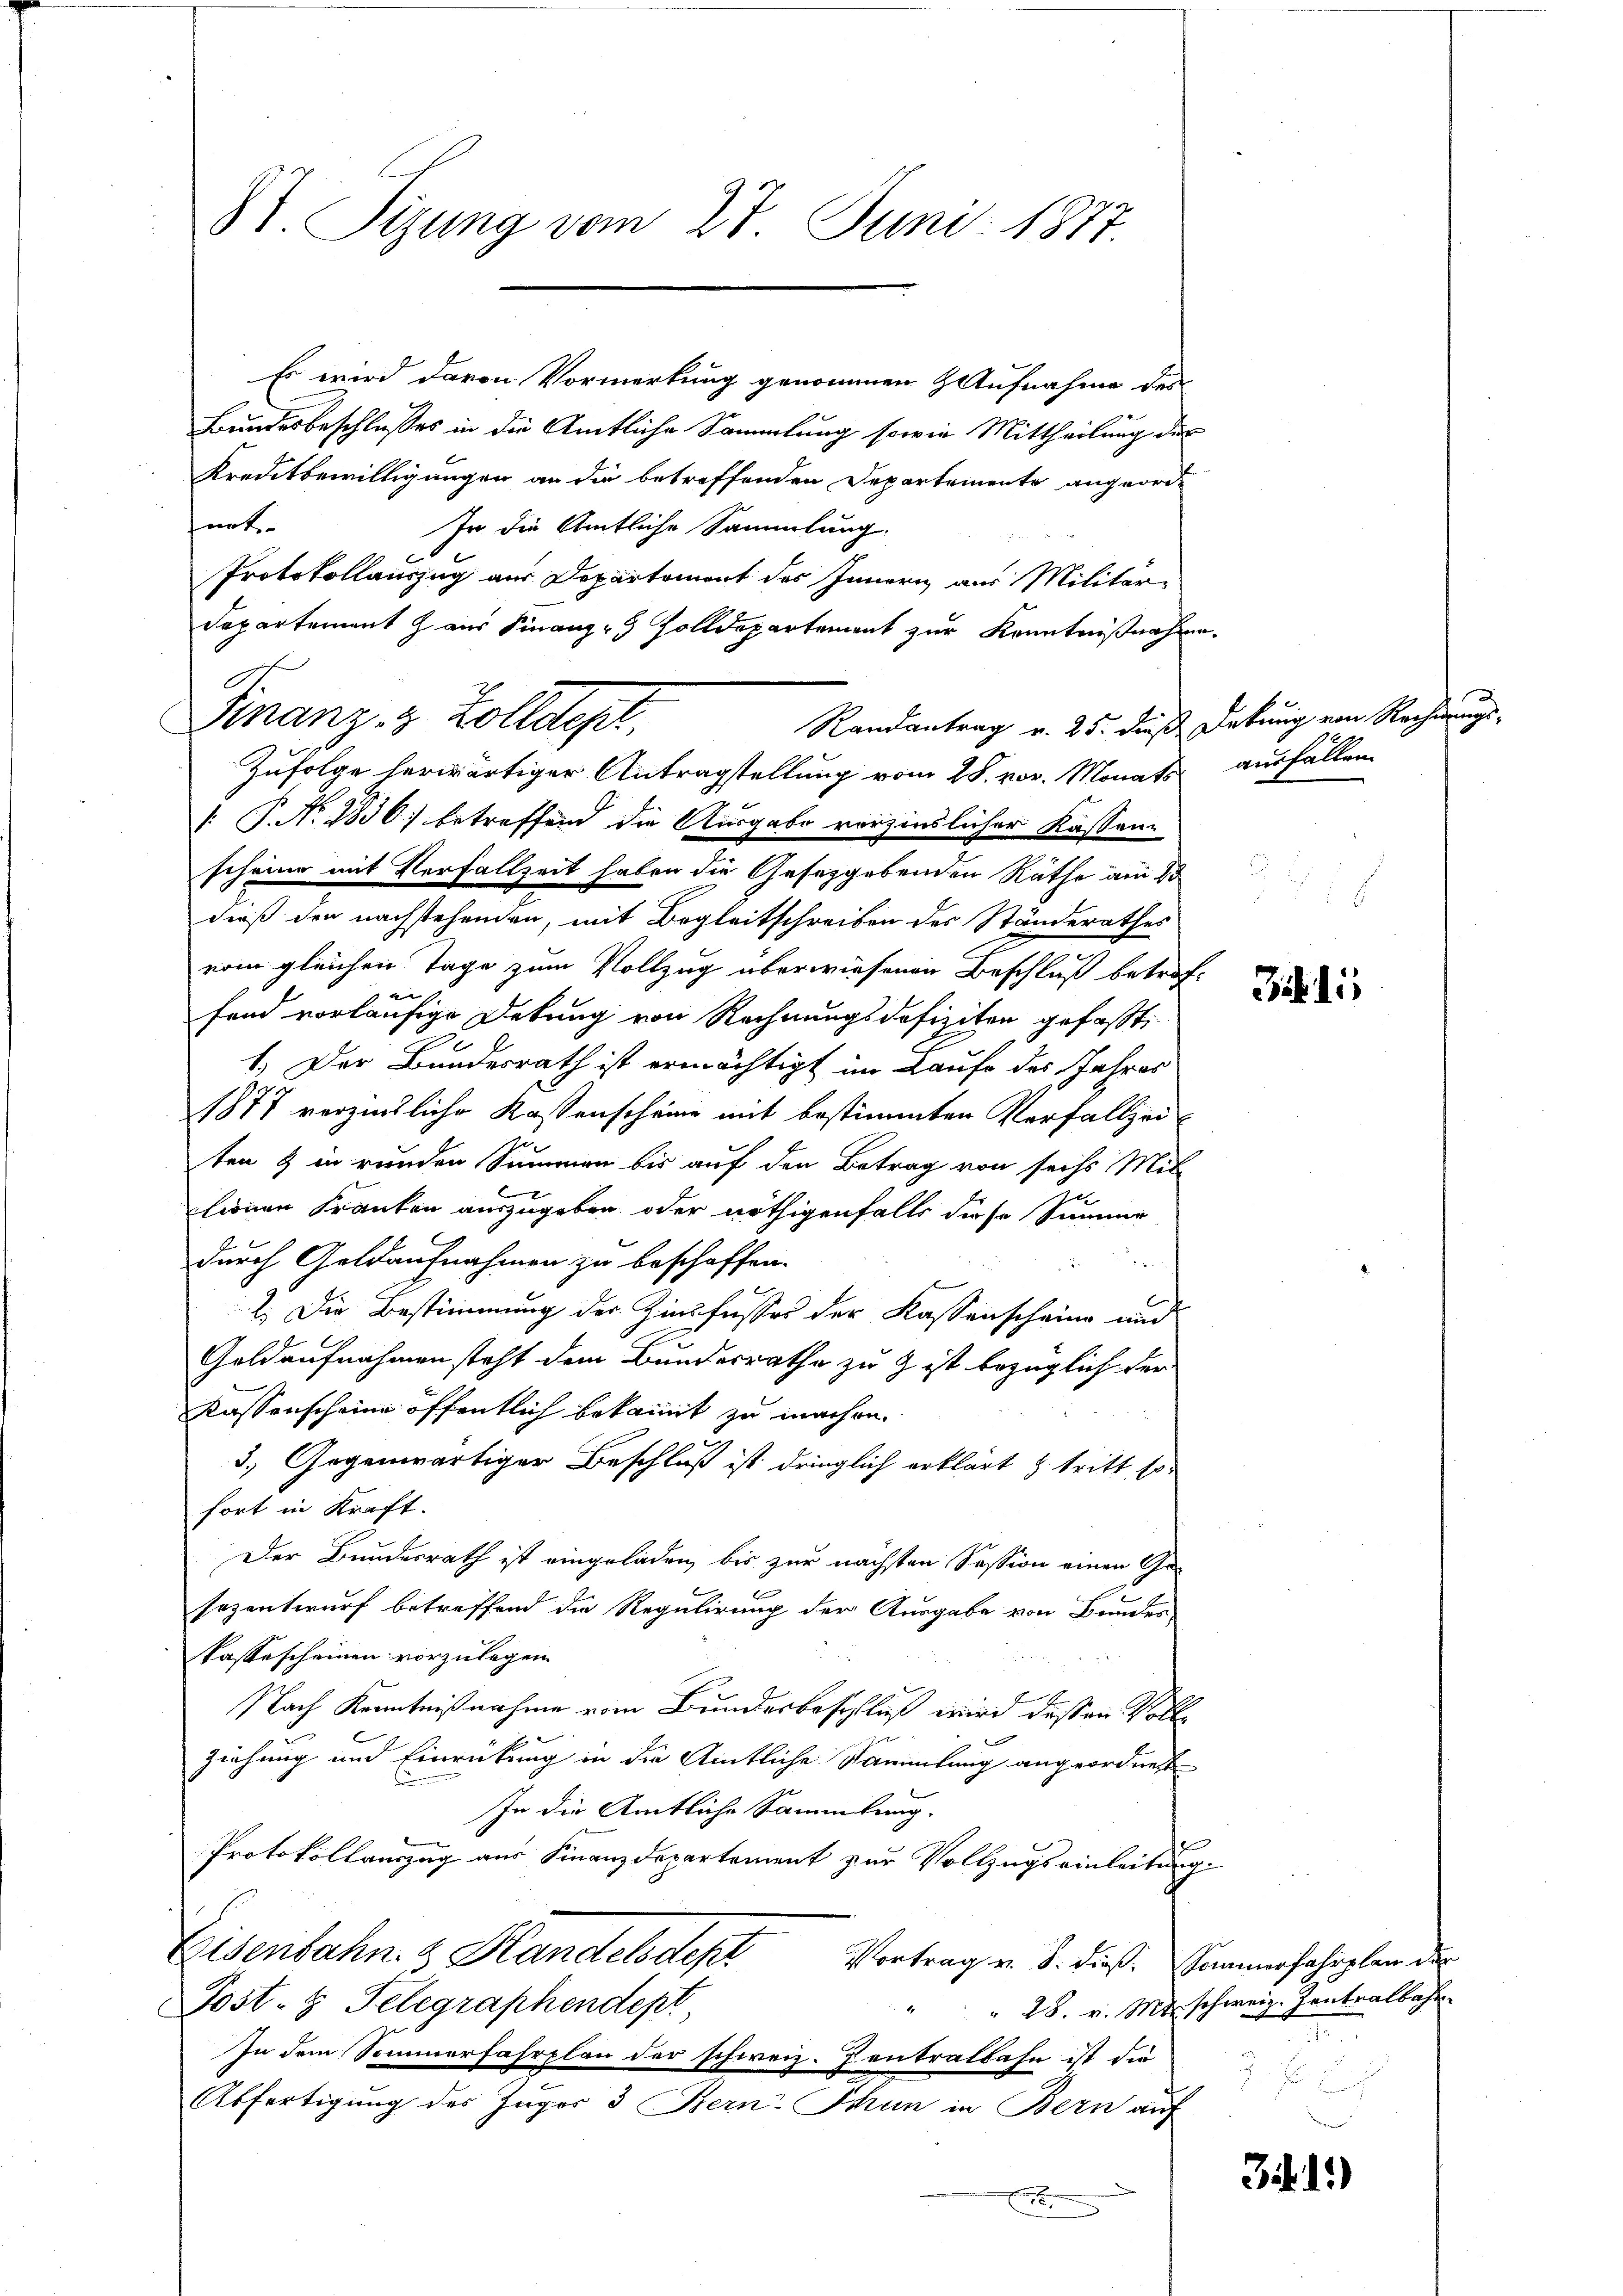
S. Tizung vom 27. Juni 1877

Bundesbeschlusses in die Amtliche Sammlung sowie Mittheilung ders
Kreditbewilligungen an die betreffenden Departemente angeord-
nnt-
In die Amtliche Sammlung.
Protokollauszug aus Departement des Innern aus Militar-
Departement aus Finanz - 9 Zolldepartement zur Kenntnißnahme.
Finanz, 2 Zolldep
Randantrag v. 25. dieß Deckung von Rechnungs-
Zufolge herwärtiger Antragstellung vom 28. vor. Monats ausfällen
[: P. No 2850 betreffend die Ausgabe vorzinslicher Kassen-
scheine mit Verfallzeit haben die Gesetzgebenden Räthe am 15
dieß den nachstehenden, mit Begleitschreiben des Standerathes
vom gleichen Tage zum Vollzug überwiesenen Beschluß betrefe
fand vorläufige Dekung von Rechnungsdofiziten gefaßt
1.) Der Bundesrath ist ermächtigt im Laufe des Jahres
1877 verzinsliche Kassenscheine mit bestimmten Verfallzeiten & in runden Summen bis auf den Betrag von sechs Mit

x
lionen Franken auszugeben oder nöthigenfalls diese Summe
durch Geldaufnahmen zu beschaffen.
2 x 5
e
1. Die Bestimmung der Zinsfusses der Kassenscheine und
Goldaufnahmen steht dem Bundesrathe zu 9 ist bezüglich der
Kassenscheine öffentlich bekannt zu machen.
3.) Gegenwärtiger Beschluß ist dringlich erklärt u. tritt, so
fort in Kraft.
Der Bundesrath ist eingeladen, bis zur nächsten Session einen Gesezentwurf betreffend die Regulirung der Ausgabe von Bundes
Kassescheinen vorzulegen.
Nach Kenntnißnahme vom Bundesbeschluß wird dessen Voll
ziehung und Einrückung in die Amtliche Sammlung angeordnet
In die Amtliche Sammlung.
Protokollauszug aus Finanzdepartement zur Vollzugs einleitung.
Eisenbahn & Handelsdepr
Vortrag v. 8. dieß. Sommerfahrplan der
" " 28. v. Mts. schweiz. Zentralbahn
Post- & Telegraphendept
In dem Sommerfahrplan der schweiz. Z. entralbahn ist die
Abfertigung des Zuger 3 Bern-Schun in Bern auf
E

Es wird davon Vormerkung genommen & Aufnahme des

d

Jch die

31.)